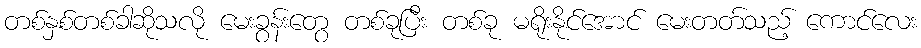
တစ်နှစ်တစ်ခါဆိုသလို မေးခွန်းတွေ တစ်ခုပြီး တစ်ခု မရိုးနိုင်အောင် မေးတတ်သည့် ကောင်လေး